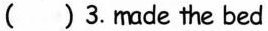
( ) 3.made the bed